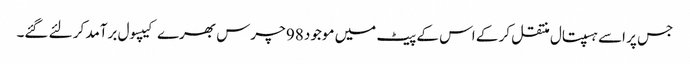
جس پر اسے ہسپتال منتقل کر کے اس کے پیٹ میں موجود 98 چرس بھرے کیپسول برآمد کر لئے گئے۔